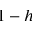
1 - h